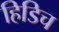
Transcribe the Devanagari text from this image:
हिडिच